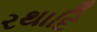
રથાદિ